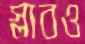
স্লাবও